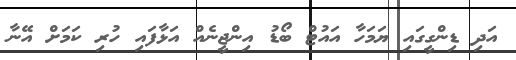
އަދި ޑިންގީގައި ޔަމަހާ އައުޓް ބޯޑު އިންޖީނެއް އަޅާފައި ހުރި ކަމަށް އޭނާ